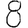
Digit: 8